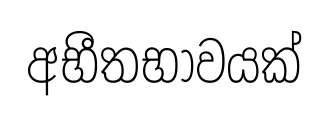
අභීතභාවයක්